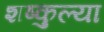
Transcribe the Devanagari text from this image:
शष्कुल्या